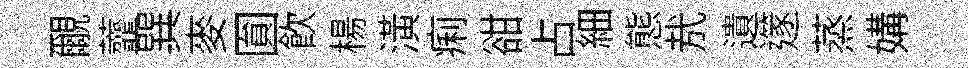
覼虀巽麥圎飲楊潢痢𧮳占細態㢤遺𨗹蒸媾